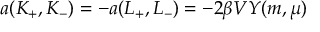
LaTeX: a ( K _ { + } , K _ { - } ) = - a ( L _ { + } , L _ { - } ) = - 2 \beta V Y ( m , \mu )